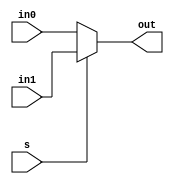
module mux2to1(in0,in1,s,out);
parameter width = 8;
input [width-1:0]in0,in1;
input s;
output [width-1:0] out;
reg [width-1:0] out;
//reg out;
// this design is using gate level or structural level
/*
not inv1(s_bar,s);
and and1(a1,s_bar,in0);
and and2(a2,s,in1);
or or1(out,a1,a2);
*/
// this design is using behavioural level

always @ (in0 or in1 or s)
begin
    if(s == 0)
    begin
    	out[width-1:0] = in0[width-1:0];
    end
    else
    begin
	out[width-1:0] = in1[width-1:0];
    end
end 

endmodule